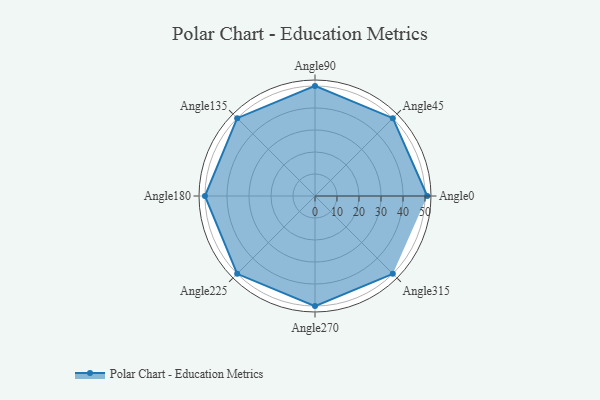
{"axis": {"x": "Angle", "y": "Radius"}, "legend": [""], "data": [{"x": "Angle0", "y": 51.0, "type": ""}, {"x": "Angle45", "y": 50, "type": ""}, {"x": "Angle90", "y": 50, "type": ""}, {"x": "Angle135", "y": 50, "type": ""}, {"x": "Angle180", "y": 50, "type": ""}, {"x": "Angle225", "y": 50, "type": ""}, {"x": "Angle270", "y": 50, "type": ""}, {"x": "Angle315", "y": 50, "type": ""}]}